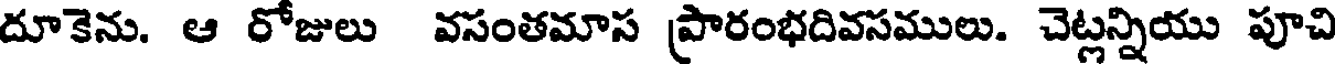
దూకెను. ఆ రోజులు వసంతమాస ప్రారంభదివసములు. చెట్లన్నియు పూచి